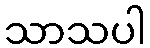
သာသပါ